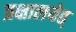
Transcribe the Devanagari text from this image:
प्रक्षालयेत्